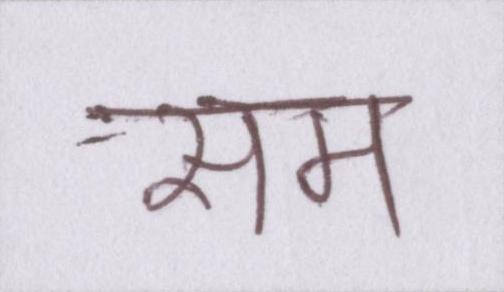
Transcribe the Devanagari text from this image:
सम